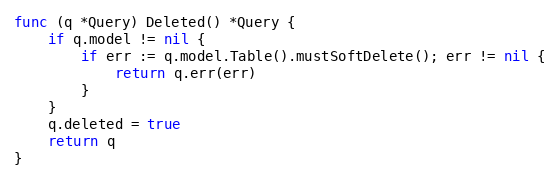
Language: Go
func (q *Query) Deleted() *Query {
	if q.model != nil {
		if err := q.model.Table().mustSoftDelete(); err != nil {
			return q.err(err)
		}
	}
	q.deleted = true
	return q
}